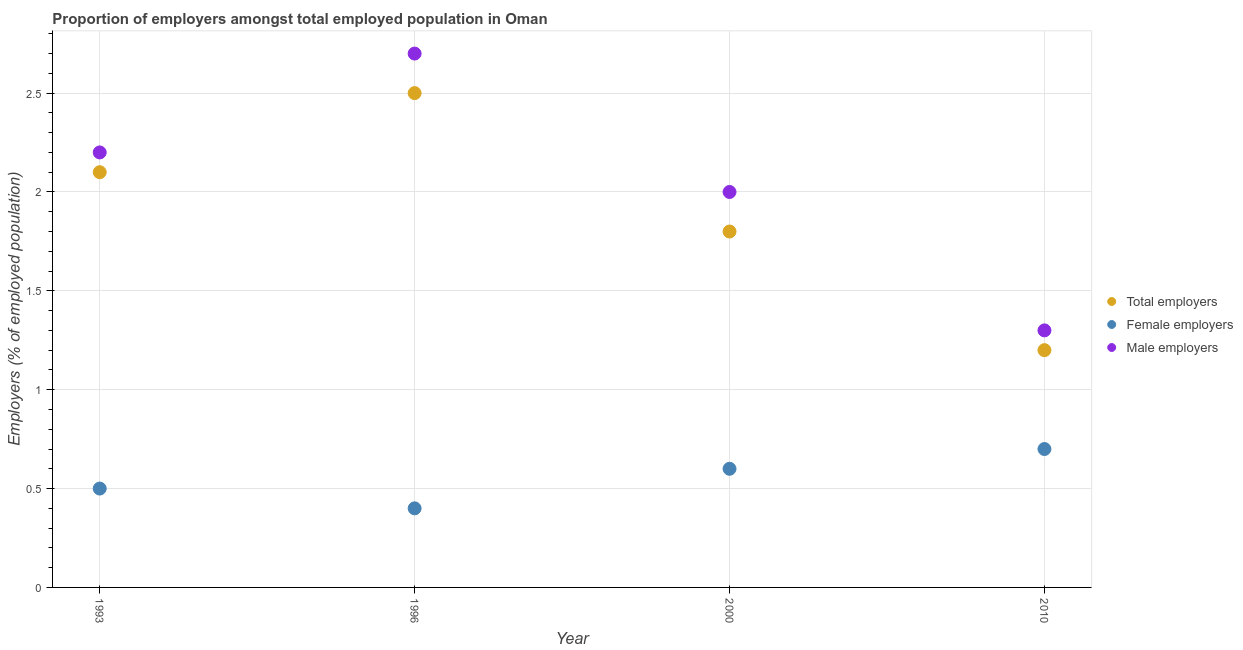
| Year | Total employers | Female employers | Male employers |
 | --- | --- | --- | --- |
 | 1993 | 2.1 | 0.5 | 2.2 |
 | 1996 | 2.5 | 0.4 | 2.7 |
 | 2000 | 1.8 | 0.6 | 2 |
 | 2010 | 1.2 | 0.7 | 1.3 |